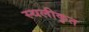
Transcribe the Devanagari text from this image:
स्थलीकृत